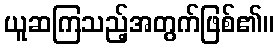
ယူဆကြသည့်အတွက်ဖြစ်၏။